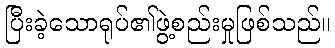
ပြီးခဲ့သောရုပ်၏ဖွဲ့စည်းမှုဖြစ်သည်။